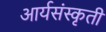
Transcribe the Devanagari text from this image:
आर्यसंस्कृती